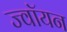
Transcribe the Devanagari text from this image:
ज्वॉयन